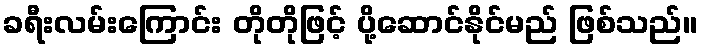
ခရီးလမ်းကြောင်း တိုတိုဖြင့် ပို့ဆောင်နိုင်မည် ဖြစ်သည်။